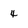
Character: 4